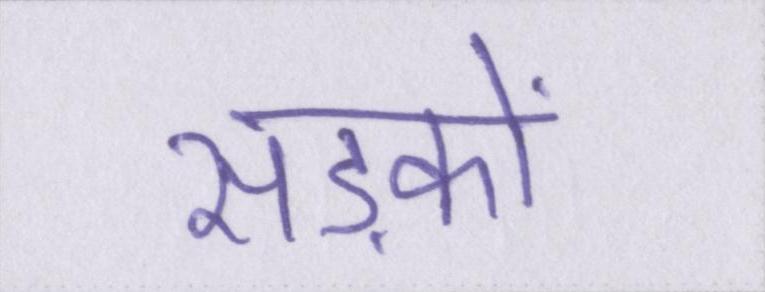
सड़कों